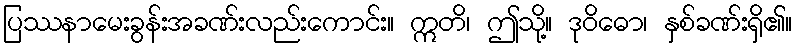
ပြဿနာမေးခွန်းအခဏ်းလည်းကောင်း။ ဣတိ၊ ဤသို့။ ဒုဝိဓော၊ နှစ်ခဏ်းရှိ၏။